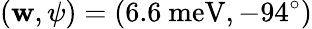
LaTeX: (\mathbf{w},\psi)=(6.6\ \mathrm{{meV}},-94^{\circ})